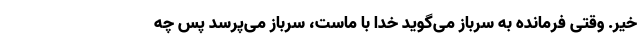
خیر. وقتی فرمانده به سرباز می‌گوید خدا با ماست، سرباز می‌پرسد پس چه